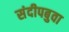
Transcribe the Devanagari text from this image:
संदीपबुवा